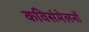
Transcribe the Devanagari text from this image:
कविसंमेलनों